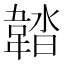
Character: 𩎽